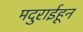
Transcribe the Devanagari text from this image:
मदुराईहून